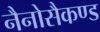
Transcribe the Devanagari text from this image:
नैनोसैकण्ड